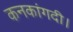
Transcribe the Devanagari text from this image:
कनकांगदी।